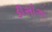
ડીસોઝા